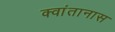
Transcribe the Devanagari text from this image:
क्वांतानास